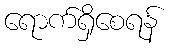
ရောက်ရှိစေရန်